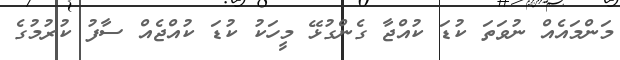
މަންމައެއް ނުވަތަ ކުޑަ ކުއްޖާ ގެންގުޅޭ މީހަކު ކުޑަ ކުއްޖެއް ސާފު ކުރުމުގެ